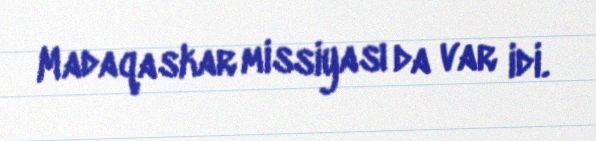
Madaqaskar missiyası da var idi.